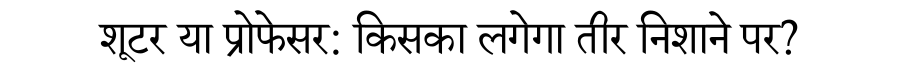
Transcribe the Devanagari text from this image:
शूटर या प्रोफेसर: किसका लगेगा तीर निशाने पर?